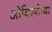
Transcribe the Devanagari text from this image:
ओबिस्पोच्या